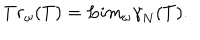
T r _ { \omega } ( T ) = L i m _ { \omega } { \gamma } _ { N } ( T ) .